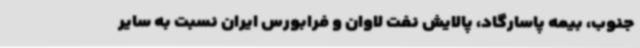
جنوب، بیمه پاسارگاد، پالایش نفت لاوان و فرابورس ایران نسبت به سایر